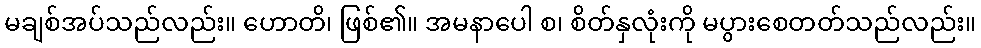
မချစ်အပ်သည်လည်း။ ဟောတိ၊ ဖြစ်၏။ အမနာပေါ စ၊ စိတ်နှလုံးကို မပွားစေတတ်သည်လည်း။